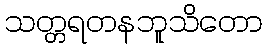
သတ္တရတနဘူသိတော